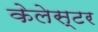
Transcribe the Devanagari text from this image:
केलेस्टर